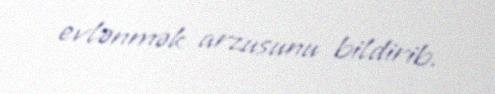
evlənmək arzusunu bildirib.